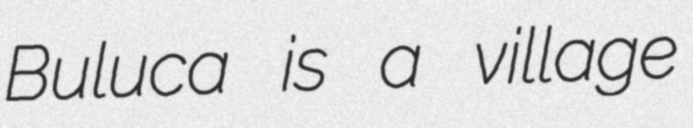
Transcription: Buluca is a village